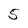
Character: 5